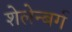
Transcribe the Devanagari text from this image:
शेलेन्बर्ग